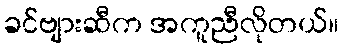
ခင်ဗျားဆီက အကူညီလိုတယ်။